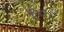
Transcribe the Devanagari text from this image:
९०।।